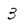
Character: 3